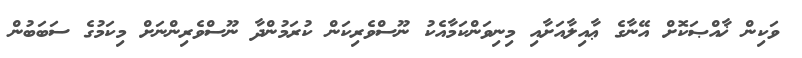
ވަކިން ޚާއްޞަކޮށް އޭނާގެ ޢާއިލާއަށާއި މިނިވަންކަމާއެކު ނޫސްވެރިކަން ކުރަމުންދާ ނޫސްވެރިންނަށް މިކަމުގެ ސަބަބުން